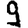
Digit: 9